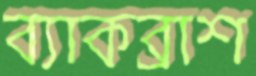
ব্যাকব্রাশ